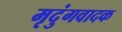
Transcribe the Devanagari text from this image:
मृदुंगवादक